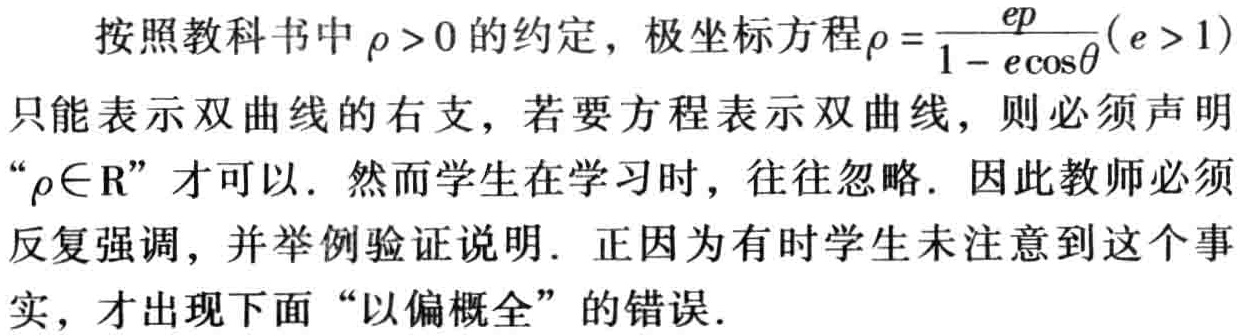
按照教科书中$\rho > 0$的约定，极坐标方程$\rho = \frac{ep}{1 - e\cos\theta}(e > 1)$只能表示双曲线的右支，若要方程表示双曲线，则必须声明“$\rho\in\mathbb{R}$”才可以. 然而学生在学习时，往往忽略. 因此教师必须反复强调，并举例验证说明. 正因为有时学生未注意到这个事实，才出现下面“以偏概全”的错误.